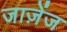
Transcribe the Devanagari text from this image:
जाज़ेंज